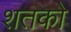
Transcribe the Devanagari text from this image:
शतको